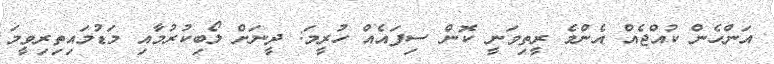
އަންހެން ކުއްޖެއް އެންމެ ރީތިވަނީ ކޮން ސިފައެއް ހުރީމަ: ދީނަށް ލޯބިކުރުމާއި މަޑުމައިތިރިވީމަ